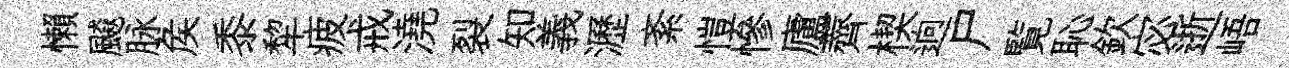
懶飇脉矦黍犂疲戒澆裂知義瀝紊愷慘廬薺楔逈尸覧恥欽宓逝峿